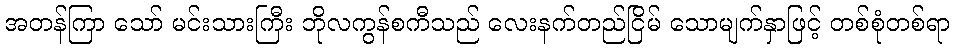
အတန်ကြာ သော် မင်းသားကြီး ဘိုလကွန်စကီသည် လေးနက်တည်ငြိမ် သောမျက်နှာဖြင့် တစ်စုံတစ်ရာ